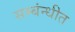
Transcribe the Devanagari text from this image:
सम्बंन्धीत